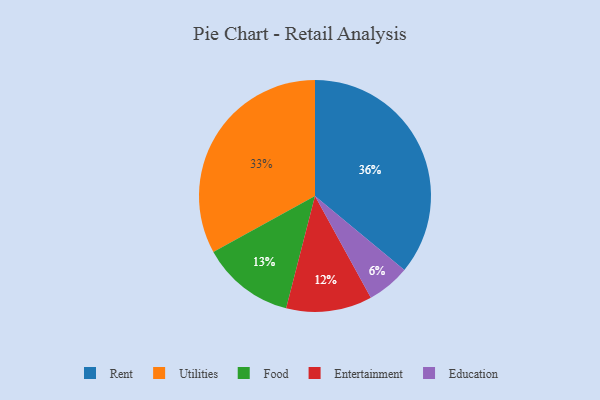
{"axis": {"x": "Category", "y": "Percentage"}, "legend": ["Education", "Entertainment", "Food", "Rent", "Utilities"], "data": [{"x": "Entertainment", "y": 12, "type": "Entertainment"}, {"x": "Food", "y": 13, "type": "Food"}, {"x": "Rent", "y": 36, "type": "Rent"}, {"x": "Education", "y": 6, "type": "Education"}, {"x": "Utilities", "y": 33, "type": "Utilities"}]}